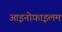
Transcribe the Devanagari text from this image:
आइनोफ़ाइलम